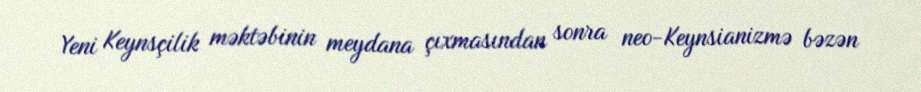
Yeni Keynsçilik məktəbinin meydana çıxmasından sonra neo-Keynsianizmə bəzən